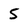
Character: 5